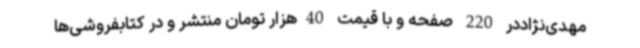
مهدی‌نژاددر 220 صفحه و با قیمت 40‌هزار تومان منتشر و در کتابفروشی‌ها